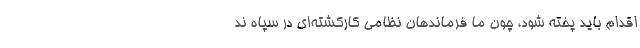
اقدام باید پخته شود، چون ما فرماندهان نظامی کارکشته‌ای در سپاه ند